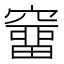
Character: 𥨌